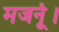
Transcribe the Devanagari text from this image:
मजनूं।